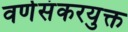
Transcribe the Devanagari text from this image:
वर्णसंकरयुक्त